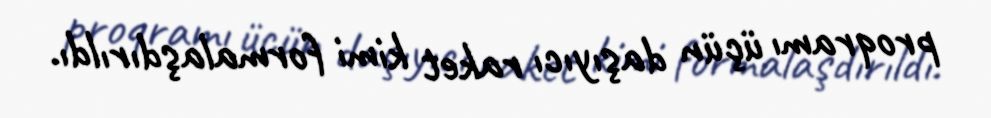
proqramı üçün daşıyıcı raket kimi formalaşdırıldı.